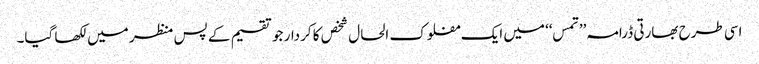
اسی طرح بھارتی ڈرامہ’’ تمس‘‘ میں ایک مفلوک الحال شخص کا کردار جو تقسیم کے پس منظر میں لکھا گیا۔